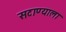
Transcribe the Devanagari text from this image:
सटाण्याला